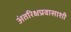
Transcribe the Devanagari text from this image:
अंतरिक्षप्रवासाशी